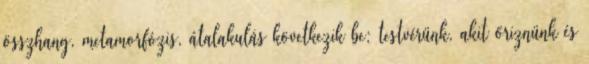
összhang, metamorfózis, átalakulás következik be: testvérünk, akit őriznünk és